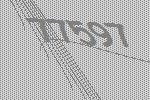
77597